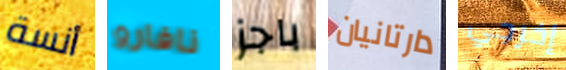
أنسة نافارو باجز دارتانيان إخرجي